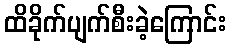
ထိခိုက်ပျက်စီးခဲ့ကြောင်း